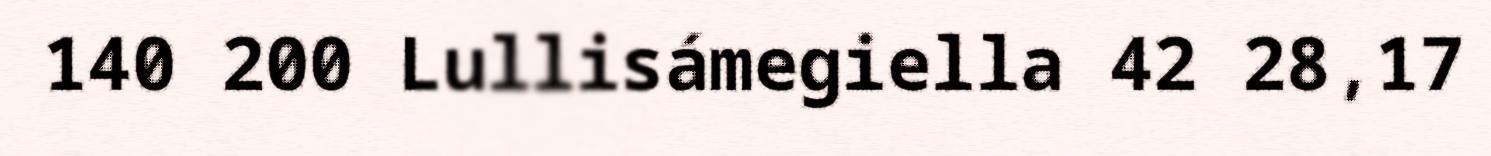
140 200 Lullisámegiella 42 28,17